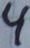
Text: 4